Annual statistical returns and brief notes on vaccination in Bengal - 1887-1898
Year: 1887
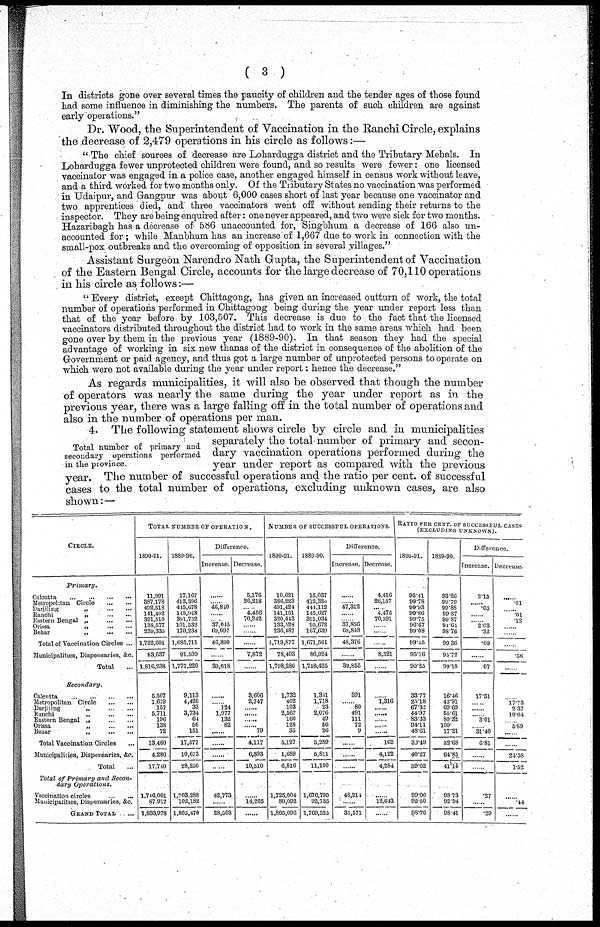
( 3 )
In districts gone over several times the paucity of children and the tender ages of those found
had some influence in diminishing the numbers. The parents of such children are against
early operations."
Dr. Wood, the Superintendent of Vaccination in the Ranchi Circle, explains
the decrease of 2,479 operations in his circle as follows:—
"The chief sources of decrease are Lohardugga district and the Tributary Mehals. In
Lohardugga fewer unprotected children were found, and so results were fewer: one licensed
vaccinator was engaged in a police case, another engaged himself in census work without leave,
and a third worked for two months only. Of the Tributary States no vaccination was performed
in Udaipur, and Gangpur was about 6,000 cases short of last year because one vaccinator and
two apprentices died, and three vaccinators went off without sending their returns to the
inspector..They are being enquired after: one never appeared, and two were sick for two months.
Hazaribagh has a decrease of 586 unaccounted for, Singbhum a decrease of 166 also un-
accounted for ; while Manbhum has an increase of 1,667 due to work in connection with the
small-pox outbreaks and the overcoming of opposition in several villages."
Assistant Surgeon Narendro Nath Gupta, the Superintendent of Vaccination
of the Eastern Bengal Circle, accounts for the large decrease of 70,110 operations
in his circle as follows:—
" Every district, except Chittagong, has given an increased outturn of work, the total
number of operations performed in Chittagong being during the year under report less than
that of the year before by 103,507. This decrease is due to the fact that the licensed
vaccinators distributed throughout the district had to work in the same areas which had been
gone over by them in the previous year (1889-90). In that season they had the special
advantage of working in six new thanas of the district in consequence of the abolition of the
Government or paid agency, and thus got a large number of unprotected persons to operate on
which were not available during the year under report: hence the decrease."
As regards municipalities, it will also be observed that though the number
of operators was nearly the same during the year under report as in the
previous year, there was a large falling off in the total number of operations and
also in the number of operations per man.
Total number of primary and
secondary operations performed
in the province.
4. The following statement shows circle by circle and in municipalities
separately the total number of primary and secon-
dary vaccination operations performed during the
year under report as compared with the previous
year. The number of successful operations and the ratio per cent. of successful
cases to the total number of operations, excluding unknown cases, are also
shown:—
CIRCLE.
Primary.
Calcutta
...
...
...
...
Metropolitan Circle
...
...
Darjiling
„
...
...
Ranchi „ ... ...
Eastern Bengal „ ... ...
Orissa
„
...
...
Behar
„
...
...
Total of Vaccination Circles ...
Municipalities, Dispensaries, &c.
Total ...
Secondary.
Calcutta ... ... ... ...
Metropolitan Circle
...
...
Darjiling
„
...
...
...
Ranchi
„
...
...
...
Eastern Bengal „
...
...
Orissa
„
...
...
Behar
„
...
...
Total Vaccination Circles ...
Municipalities, Dispensaries, &c.
Total ...
Total of Primary
and
Secon-
dary
Operations.
Vaccination circles ... ...
Municipalities, Dispensaries, &c.
GRAND TOTAL ... ...
TOTAL NUMBER OF OPERATION.
1890-91.
11,991
387,178
492,518
141,492
321,510
138,577
239,335
1,732,601
83,637
1,816,238
5,507
1,679
157
5,711
196
138
72
13,460
4,280
17,740
1,716,061
87,917
1,833,978
1889-90.
17,167
413,396
445,678
145,948
391,752
101,532
170,238
1,635,711
91,509
1,777,220
9,113
4,426
33
3,734
64
56
151
17,577
10,673
28,250
1,703,288
102,182
1,805,470
Difference.
Increase.
......
......
46,840
......
......
37,045
69,097
46,890
......
39,018
......
......
124
1,977
132
82
......
......
......
......
42,773
......
28,508
Decrease.
5,176
26,218
......
4,456
70,242
......
......
......
7,872
......
3,606
2,747
......
......
......
......
79
4,117
6,393
10,510
......
14,265
.........
NUMBER OF SUCCESSFUL OPERATIONS
1890-91.
10,621
386,223
491,424
141,151
320,443
133,528
236,487
1,719,877
78,403
1,798,280
1,732
402
103
2,567
160
128
35
5,127
1,689
6,816
1,725,004
80,092
1,805,096
1889-90.
15,037
412,380
444,112
145,627
391,034
95,672
167,639
1,671,501
86,924
1,758,425
1,341
1,718
23
2,076
49
56
26
5,289
5,811
11,100
1,676,790
92,735
1,769,525
Difference.
Increase.
......
......
47,312
......
......
37,856
63,848
48,376
......
39,855
391
......
80
491
111
72
9
......
......
......
48,214
......
35,571
Decrease.
4,416
26,157
......
4,476
70,591
......
......
......
8,521
......
......
1,316
......
......
......
......
......
162
4,122
4,284
......
12,643
......
RATIO PER CENT. OF SUCCESSFUL CASES
(EXCLUDING UNKNOWN).
1890-91.
95.41
99.78
99.93
99.86
99.75
96.67
99.08
99.45
95.16
90.25
33.77
25.18
67.32
44.97
83.33
94.11
48.61
30.49
40.27
39.62
99.00
92.50
98.70
1889-90.
93.26
99.79
99.88
99.87
99.87
94.64
98.76
99.86
95.72
99.18
16.46
42.91
69.69
55.61
80.32
100.
17.21
32.68
64.85
41.14
98.73
92.94
98.41
Difference.
increase.
2.15
......
.05
......
......
2.03
.32
.09
...
.07
17.31
......
......
......
3.01
......
31.40
6.81
......
......
.27
......
.29
Decrease.
......
.01
......
.01
.12
......
......
......
.56
......
......
17.73
2.37
......
......
5.89
......
......
24.58
1.52
......
.44
......